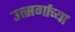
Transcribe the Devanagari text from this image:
उत्सर्गाच्या